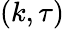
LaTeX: (k,\tau)